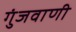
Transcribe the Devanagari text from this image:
गुंजवाणी